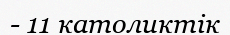
- 11 католиктік